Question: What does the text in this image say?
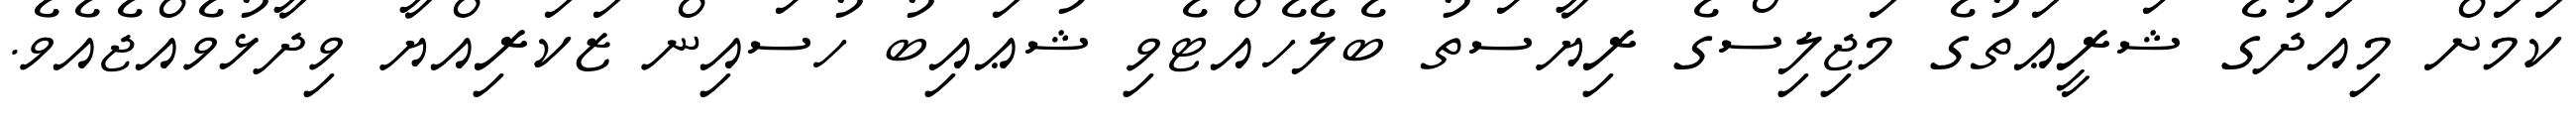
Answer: ކަމަށް މިއަދުގެ ޝަރީޢަތުގެ މަޖިލިސްގެ ރިޔާސަތު ބެލެހެއްޓެވި ޝުޢައިބު ހުސައިން ޒަކަރިއްޔާ ވިދާޅުވެއްޖެއެވެ.